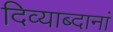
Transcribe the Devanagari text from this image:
दिव्याब्दानां